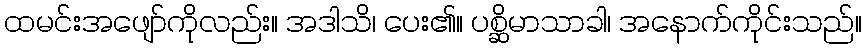
ထမင်းအဖျော်ကိုလည်း။ အဒါသိ၊ ပေး၏။ ပစ္ဆိမာသာခါ၊ အနောက်ကိုင်းသည်။